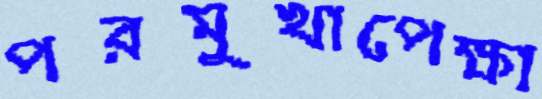
পরমুখাপেক্ষা